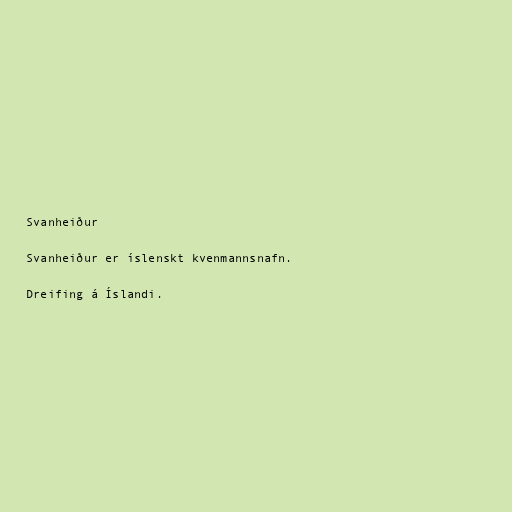
Svanheiður

Svanheiður er íslenskt kvenmannsnafn.

Dreifing á Íslandi.